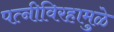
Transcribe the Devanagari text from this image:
पत्‍नीविरहामुळे